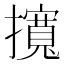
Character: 𢸎